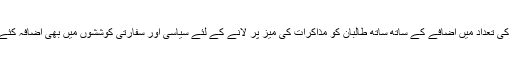
افغانستان میں امریکی فوج کی تعداد میں اضافے کے ساتھ ساتھ طالبان کو مذاکرات کی میز پر لانے کے لئے سیاسی اور سفارتی کوششوں میں بھی اضافہ کئے جانے کی ضرورت ہے ۔